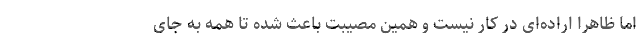
اما ظاهراً اراده‌ای در کار نیست و همین مصیبت باعث شده تا همه به جای